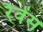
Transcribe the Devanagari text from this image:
रैवेंस